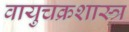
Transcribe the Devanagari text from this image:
वायुचक्रशास्त्र